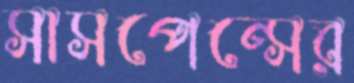
সাসপেন্সের